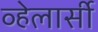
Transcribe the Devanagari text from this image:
व्हेलार्सी